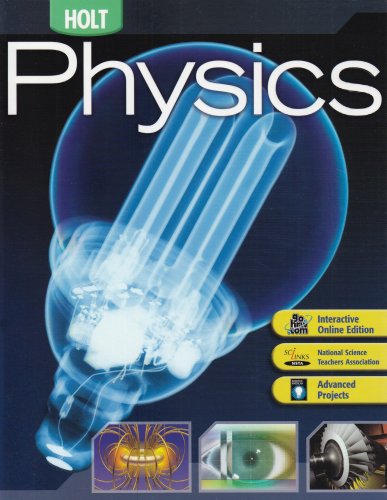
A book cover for Holt Physics: STUDENT EDITION 2006; RINEHART AND WINSTON HOLT; Teen & Young Adult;